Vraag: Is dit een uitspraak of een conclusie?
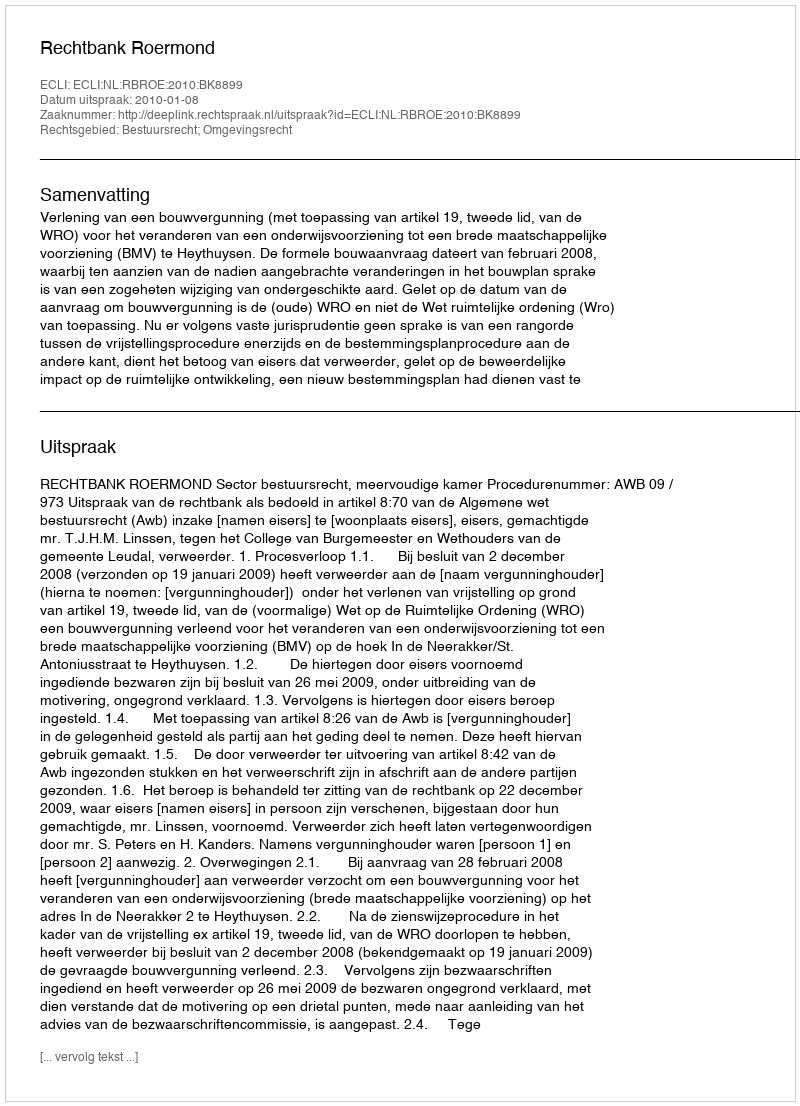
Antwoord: Uitspraak